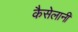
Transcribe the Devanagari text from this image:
कैसेलानी